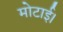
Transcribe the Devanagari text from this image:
मोटाई।